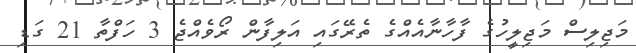
މަޖިލިސް މަޖިލީހުގެ ފާހާނާއެއްގެ ތެރޭގައި އަލިފާން ރޯވެއްޖެ 3 ހަފްތާ 21 ގަޑި